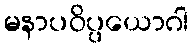
မနာပဝိပ္ပယောဂါ